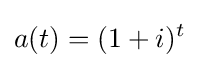
a(t)=(1+i)^{t}